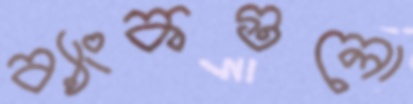
ব্যাংকগুলো